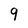
Character: 9